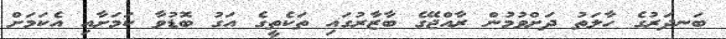
ބަނދަރުގެ ހާލަތު ދަށްވުމުން ރާއްޖޭގެ ބާޒާރުގައި ތަކެތީގެ އަގު ބޮޑުވާ ކަމަށާއި އެކަމަށް